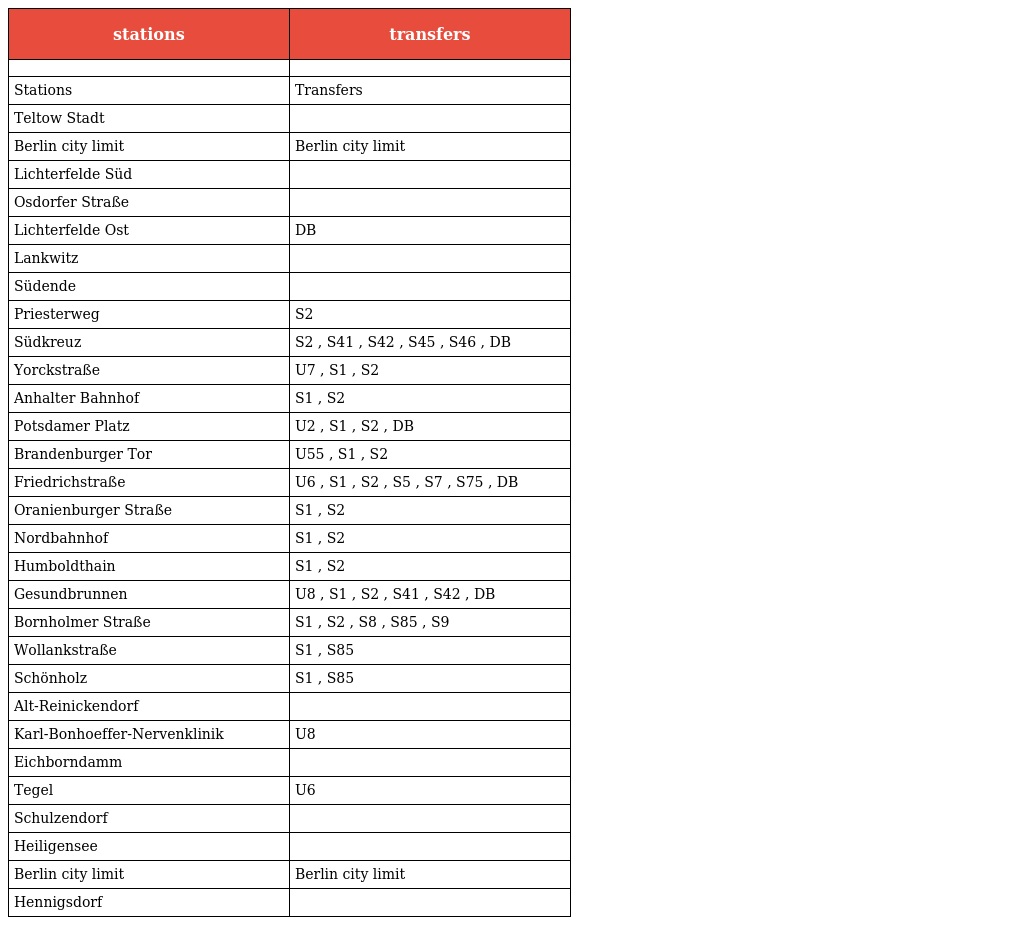
| stations | transfers |
 | --- | --- |
 |  |  |
 | Stations | Transfers |
 | Teltow Stadt |  |
 | Berlin city limit | Berlin city limit |
 | Lichterfelde Süd |  |
 | Osdorfer Straße |  |
 | Lichterfelde Ost | DB |
 | Lankwitz |  |
 | Südende |  |
 | Priesterweg | S2 |
 | Südkreuz | S2 , S41 , S42 , S45 , S46 , DB |
 | Yorckstraße | U7 , S1 , S2 |
 | Anhalter Bahnhof | S1 , S2 |
 | Potsdamer Platz | U2 , S1 , S2 , DB |
 | Brandenburger Tor | U55 , S1 , S2 |
 | Friedrichstraße | U6 , S1 , S2 , S5 , S7 , S75 , DB |
 | Oranienburger Straße | S1 , S2 |
 | Nordbahnhof | S1 , S2 |
 | Humboldthain | S1 , S2 |
 | Gesundbrunnen | U8 , S1 , S2 , S41 , S42 , DB |
 | Bornholmer Straße | S1 , S2 , S8 , S85 , S9 |
 | Wollankstraße | S1 , S85 |
 | Schönholz | S1 , S85 |
 | Alt-Reinickendorf |  |
 | Karl-Bonhoeffer-Nervenklinik | U8 |
 | Eichborndamm |  |
 | Tegel | U6 |
 | Schulzendorf |  |
 | Heiligensee |  |
 | Berlin city limit | Berlin city limit |
 | Hennigsdorf |  |